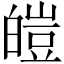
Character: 皚